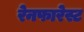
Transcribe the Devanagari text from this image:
रेनफारेस्ट